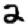
Digit: 2